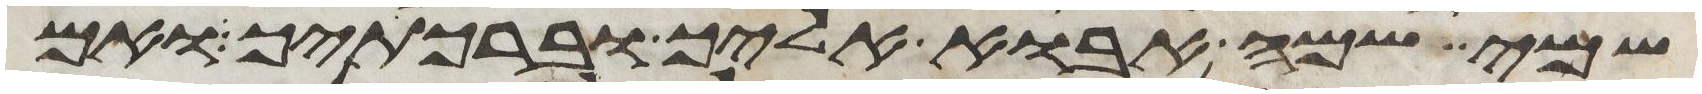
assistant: שמי שמה אבוא אליך וברכתיך ואם